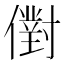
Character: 𠏮